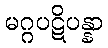
မဂ္ဂပဋိပန္နာ